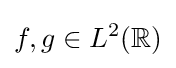
f,g\in L^{2}(\mathbb {R} )